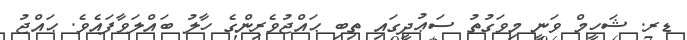
ޑރ. ޝަހީމް ވަނީ މިވަގުތު ސަޢުދީގައި ތިބި ޙައްޖުވެރިންގެ ހާލު ބައްލަވާފައެވެ. ޙައްޖު